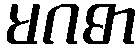
မဂဓာ